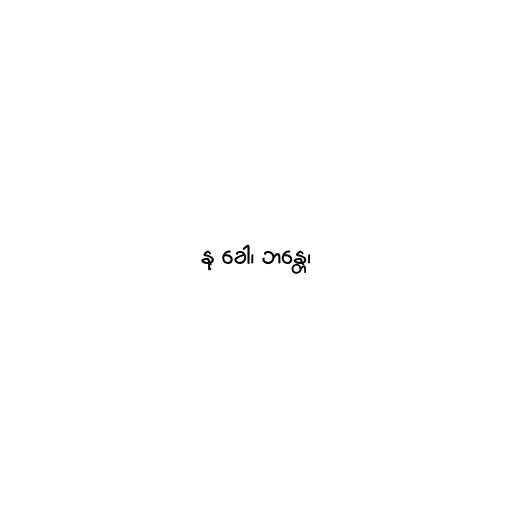
နု ခေါ၊ ဘန္တေ၊